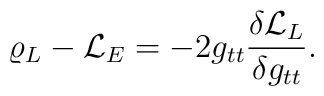
\varrho_L - {\cal L}_E= -2g_{tt} {\delta {\cal L}_L\over\delta g_{tt}}.